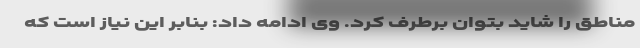
مناطق را شاید بتوان برطرف کرد. وی ادامه داد: بنابر این نیاز است که